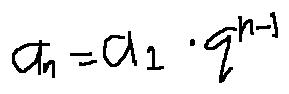
a _ { n } = a _ { 1 } \cdot q ^ { n - 1 }